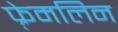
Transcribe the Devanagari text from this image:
फ़्रेमलिन